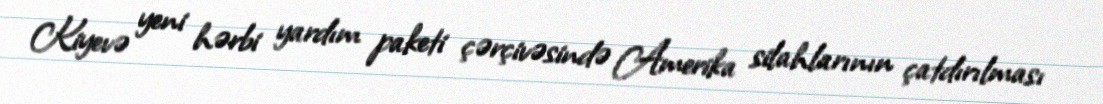
Kiyevə yeni hərbi yardım paketi çərçivəsində Amerika silahlarının çatdırılması